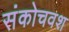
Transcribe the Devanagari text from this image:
संकोचवश